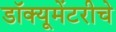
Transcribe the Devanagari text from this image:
डॉक्यूमेंटरीचे